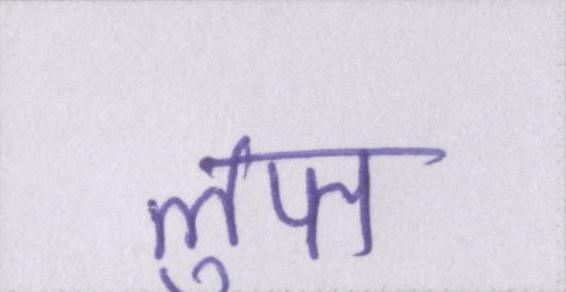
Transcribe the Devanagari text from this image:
लुप्त